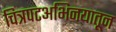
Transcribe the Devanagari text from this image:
चित्रपटअभिनयातून